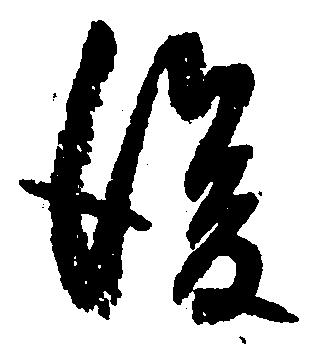
後